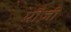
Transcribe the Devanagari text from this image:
पोंज़ी